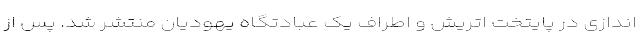
اندازی در پایتخت اتریش و اطراف یک عبادتگاه یهودیان منتشر شد. پس از